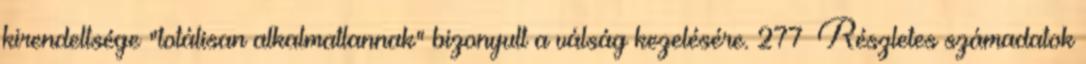
kirendeltsége "totálisan alkalmatlannak" bizonyult a válság kezelésére. 277 Részletes számadatok